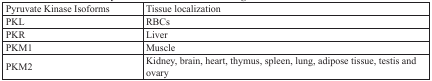
<table><thead><tr><td><b>Pyruvate Kinase Isoforms</b></td><td><b>Tissue localization</b></td></tr></thead><tbody><tr><td>PKL</td><td>RBCs</td></tr><tr><td>PKR</td><td>Liver</td></tr><tr><td>PKM1</td><td>Muscle</td></tr><tr><td>PKM2</td><td>Kidney, brain, heart, thymus, spleen, lung, adipose tissue, testis and ovary</td></tr></tbody></table>